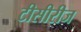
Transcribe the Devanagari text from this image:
टीसीरीज